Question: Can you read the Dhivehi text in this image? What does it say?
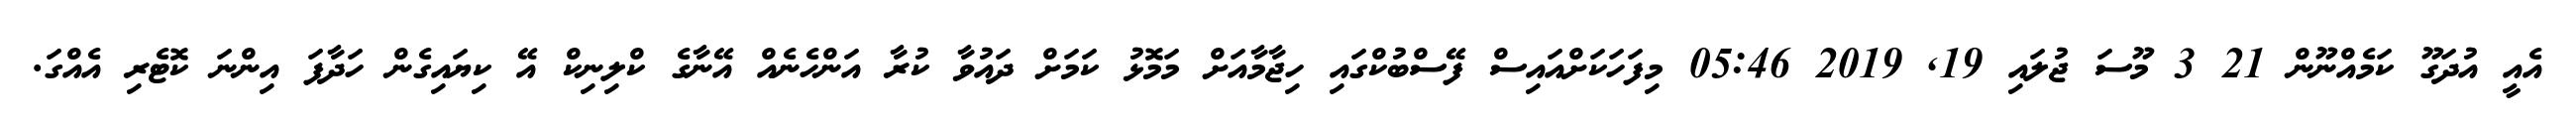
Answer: އެއީ އުދަގޫ ކަމެއްނޫން 21 3 މޫސަ ޖުލައި 19, 2019 05:46 މިފަހަކަށްއައިސް ފޭސްބުކްގައި ހިޖާމާއަށް މަމޮޅު ކަމަށް ދައުވާ ކުރާ އަންހެނެއް އޭނާގެ ކްލިނިކް އޭ ކިޔައިގެން ހަދާފަ އިންނަ ކޮޓެރި އެއްގަ.